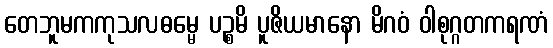
တေဘူမကကုသလဓမ္မေ ပဉ္စမိ ပူဇိယမာနော မိဂဝံ ဝါစုဂ္ဂတကရဏံ